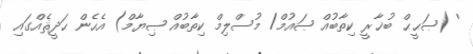
' (ޞަޙީޙް ބުޚާރީ ކިތާބުއް ޞައުމް/ މުސްލިމް ކިތާބުއް ޞިޔާމް) އެހެން ޙަދީޘެއްގައި